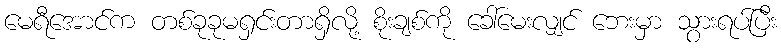
မေရီအောင်က တစ်ခုခုမရှင်းတာရှိလို့ စိုးချစ်ကို ခေါ်မေးလျှင် ဘေးမှာ သွားရပ်ပြီး